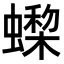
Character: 𧑇